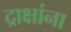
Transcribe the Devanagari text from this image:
द्राक्षांना